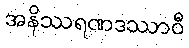
အနိဿရဏဒဿာဝီ